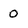
Character: 0